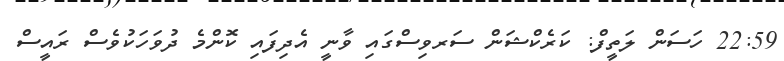
22:59 ހަސަން ލަތީފް: ކަރެކްޝަން ސަރވިސްގައި ވާނީ އެދިފައި ކޮންމެ ދުވަހަކުވެސް ރައީސް